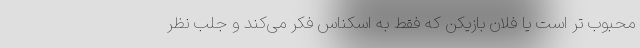
محبوب تر است یا فلان بازیکن که فقط به اسکناس فکر می‌کند و جلب نظر